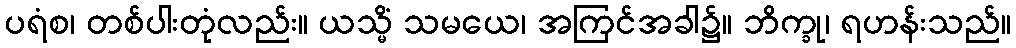
ပရံစ၊ တစ်ပါးတုံလည်း။ ယသ္မိံ သမယေ၊ အကြင်အခါ၌။ ဘိက္ခု၊ ရဟန်းသည်။